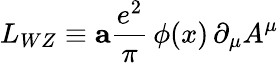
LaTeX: L_{WZ}\equiv{\mathbf a}{\frac{e^{2}}{\pi}}\, \phi(x)\, \partial_{\mu}A^{\mu}